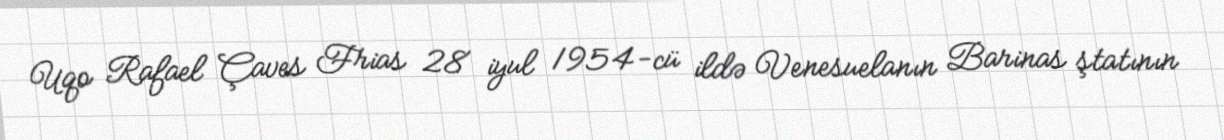
Uqo Rafael Çaves Frias 28 iyul 1954-cü ildə Venesuelanın Barinas ştatının